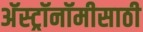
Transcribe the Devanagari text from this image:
अॅस्ट्रॉनॉमीसाठी